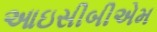
આઇસીબીએમ